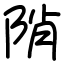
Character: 陗